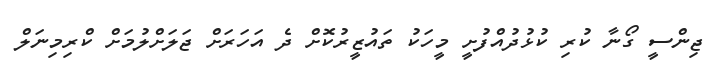
ޖިންސީ ގޯނާ ކުރި ކުޅުދުއްފުށީ މީހަކު ތައުޒީރުކޮށް ދެ އަހަރަށް ޖަލަށްލުމަށް ކްރިމިނަލް